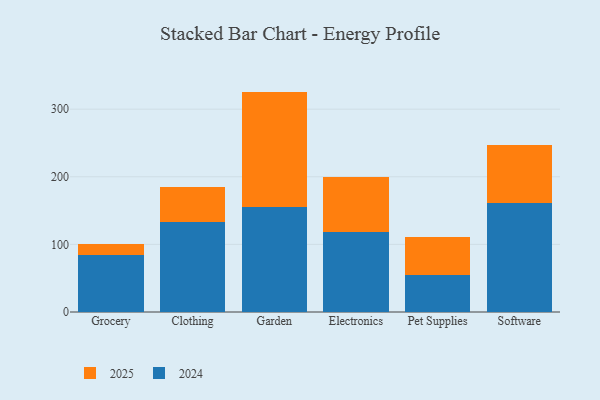
{"axis": {"x": "Category", "y": "Gross Profit (USD K)"}, "legend": ["2024", "2025"], "data": [{"x": "Grocery", "y": 84.5, "type": "2024"}, {"x": "Grocery", "y": 15.7, "type": "2025"}, {"x": "Clothing", "y": 132.8, "type": "2024"}, {"x": "Clothing", "y": 52.3, "type": "2025"}, {"x": "Garden", "y": 155.4, "type": "2024"}, {"x": "Garden", "y": 170.6, "type": "2025"}, {"x": "Electronics", "y": 118.6, "type": "2024"}, {"x": "Electronics", "y": 81.1, "type": "2025"}, {"x": "Pet Supplies", "y": 55.0, "type": "2024"}, {"x": "Pet Supplies", "y": 56.5, "type": "2025"}, {"x": "Software", "y": 160.9, "type": "2024"}, {"x": "Software", "y": 86.6, "type": "2025"}]}